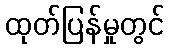
ထုတ်ပြန်မှုတွင်